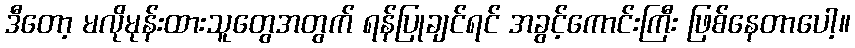
ဒီတော့ မလိုမုန်းထားသူတွေအတွက် ရန်ပြုချင်ရင် အခွင့်ကောင်းကြီး ဖြစ်နေတာပေါ့။